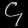
Digit: ၄